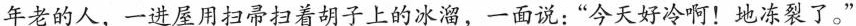
年老的人，一进屋用扫帚扫着胡子上的冰溜，一面说："今天好冷啊！地冻裂了。"